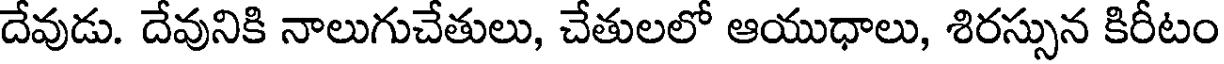
దేవుడు. దేవునికి నాలుగుచేతులు, చేతులలో ఆయుధాలు, శిరస్సున కిరీటం